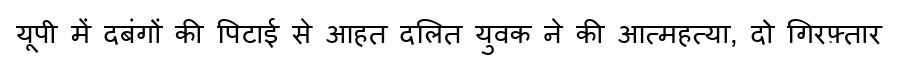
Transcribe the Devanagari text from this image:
यूपी में दबंगों की पिटाई से आहत दलित युवक ने की आत्महत्या, दो गिरफ़्तार